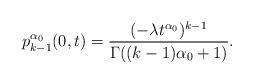
LaTeX: \begin{align*}p^{\alpha_0}_{k-1}(0,t)=\frac{(-\lambda t^{\alpha_0})^{k-1}}{\Gamma((k-1){\alpha_0}+1)}.\end{align*}